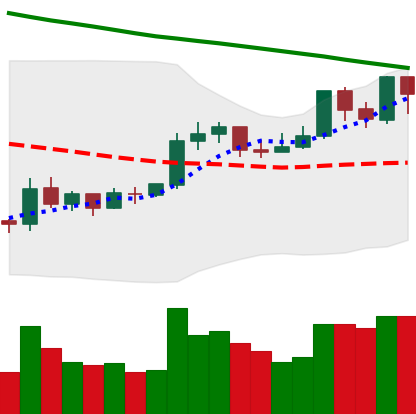
Ticker: XRP-USD
Chart end date: 2019-10-18
Forward return: -7.072%
Label: down_7plus